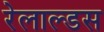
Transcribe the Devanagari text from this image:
रेलाल्डस